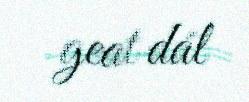
geat dál